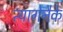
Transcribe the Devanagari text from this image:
त्यागेनैके